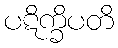
ပဋိက္ခိပတိ